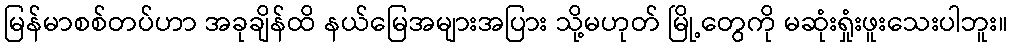
မြန်မာစစ်တပ်ဟာ အခုချိန်ထိ နယ်မြေအများအပြား သို့မဟုတ် မြို့တွေကို မဆုံးရှုံးဖူးသေးပါဘူး။